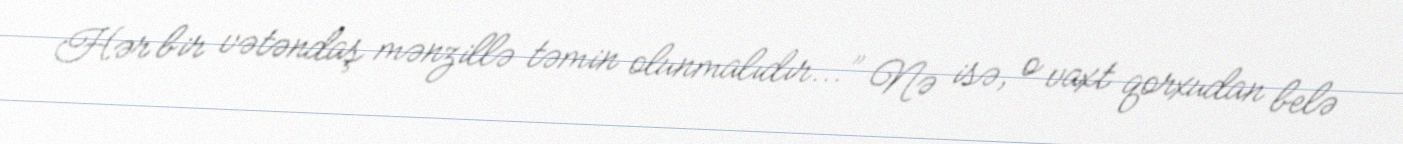
Hər bir vətəndaş mənzillə təmin olunmalıdır...” Nə isə, o vaxt qorxudan belə